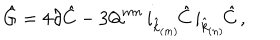
LaTeX: \hat { G } = 4 \partial \hat { C } - 3 \mathsf { Q } ^ { m n } \, i _ { \hat { k } _ { \scriptscriptstyle ( m ) } } \! \hat { C } \, i _ { \hat { k } _ { \scriptscriptstyle ( n ) } } \! \hat { C } \, ,